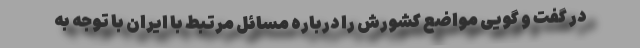
در گفت و گویی مواضع کشورش را درباره مسائل مرتبط با ایران با توجه به